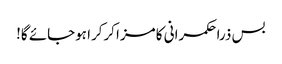
بس ذرا حکمرانی کا مزا کرکرا ہوجائے گا!